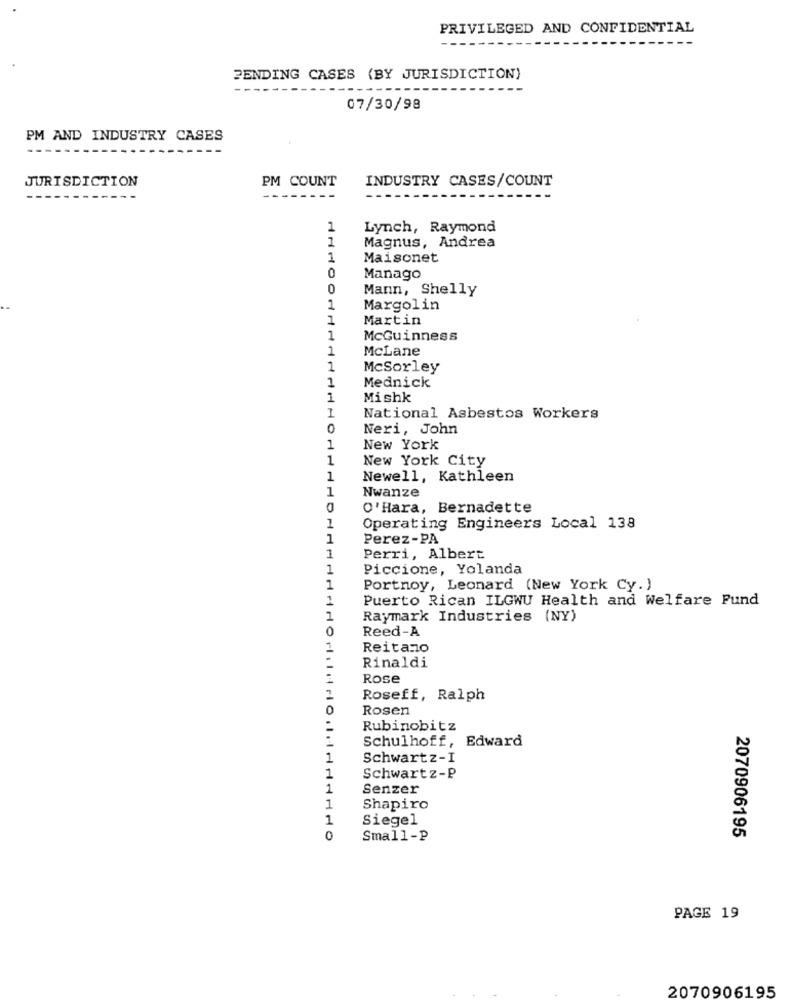
PRIVILEGED AND CONFIDENTIAL
--
PENDING CASES (BY JURISDICTION)
07/30/98
PM AND INDUSTRY CASES
JURISDICTION
PM COUNT
INDUSTRY CASES/COUNT
-----.
1
Lynch, Raymond
Magnus, Andrea
1
1
Maisonet
0
Manago
0
Mann, Shelly
1
Margolin
1
Martin
1
McGuinness
1
McLane
1
McSorley
1
Mednick
1
Mishk
1
National Asbestos Workers
0
Neri, John
1
New York
1
New York City
1
Newell, Kathleen
1
Nwanze
O'Hara, Bernadette
1
Operating Engineers Local 138
1
Perez-PA
1
Perri, Albert
1
Piccione, Yolanda
1
Portnoy, Leonard (New York Cy. )
2
Puerto Rican ILGWU Health and Welfare Fund
1
Raymark Industries (NY)
0
Reed-A
1
Reitano
Rinaldi
Rose
Roseff, Ralph
0
Rosen
Rubinobitz
Schulhoff, Edward
1
Schwartz-I
1
Schwartz-P
1
Senzer
1
Shapiro
1
Siegel
0
Small-P
2070906195
PAGE 19
2070906195